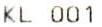
KL 001